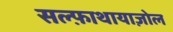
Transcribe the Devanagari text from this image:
सल्फ़ाथायाज़ोल